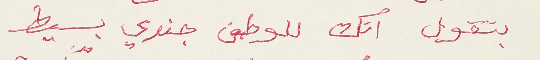
بتقول انك للوطن جندي بسيط